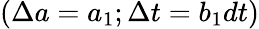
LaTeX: (\Delta a=a_{1};\Delta t=b_{1}dt)